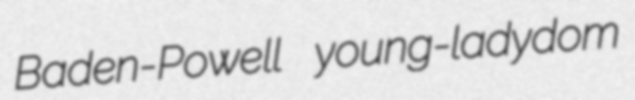
Baden-Powell young-ladydom